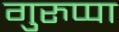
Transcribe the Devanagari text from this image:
गुरुप्पा